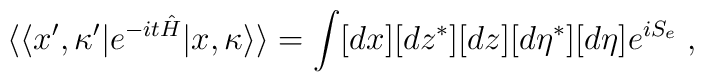
\langle\langle x^\prime,\kappa^\prime|e^{-it\hat H}|x,\kappa\rangle\rangle=\int [dx][dz^*][dz][d\eta^*][d\eta]e^{iS_e}\;,